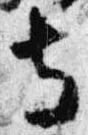
寺